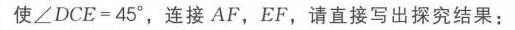
使\(\angle DCE = 45^{\circ}\)，连接 \(AF\)，\(EF\)，请直接写出探究结果：